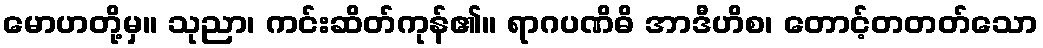
မောဟတို့မှ။ သုညာ၊ ကင်းဆိတ်ကုန်၏။ ရာဂပဏိဓိ အာဒီဟိစ၊ တောင့်တတတ်သော